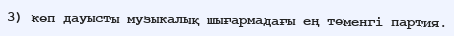
3) көп дауысты музыкалық шығармадағы ең төменгі партия.